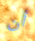
أن